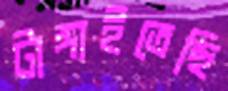
টাঙ্গাইতেছি